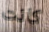
كانت